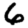
Digit: 6